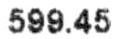
599.45